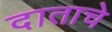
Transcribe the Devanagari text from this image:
दाताचे